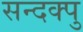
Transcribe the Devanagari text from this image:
सन्दक्पु